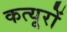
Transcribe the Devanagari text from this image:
कत्यूरों